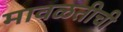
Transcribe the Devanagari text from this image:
मावळतीची